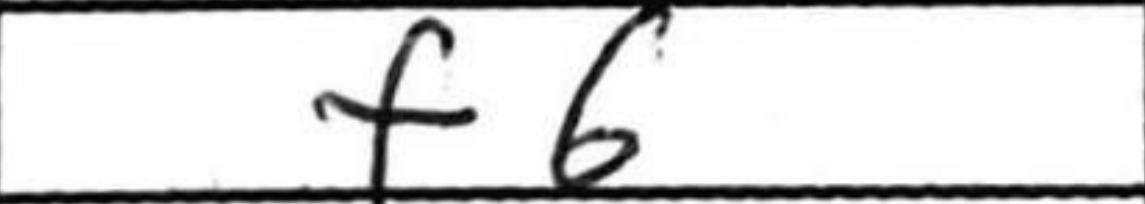
Transcription: f6